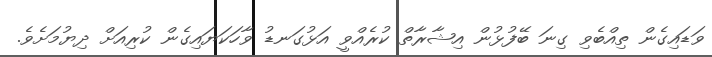
ވަޑައިގެން ތިއްބެވި ގިނަ ބޭފުޅުން އިޝާރާތް ކުރެއްވީ އަޅުގަނޑު ވާހަކަޔައިގެން ކުރިއަށް ދިޔުމަށެވެ.